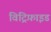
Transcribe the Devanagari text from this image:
विट्रिफ़ाइड